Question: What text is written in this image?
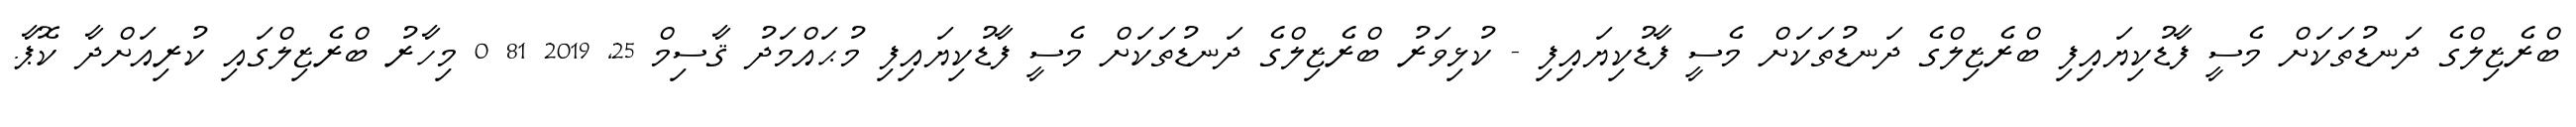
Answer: ބްރެޒިލްގެ ދަނޑުތަކަށް މެސީ ފާޑުކިޔައިފި ބްރެޒިލްގެ ދަނޑުތަކަށް މެސީ ފާޑުކިޔައިފި - ކުޅިވަރު ބްރެޒިލްގެ ދަނޑުތަކަށް މެސީ ފާޑުކިޔައިފި މުޙައްމަދު ޤާސިމް 25, 2019 81 0 މިހާރު ބްރެޒިލްގައި ކުރިއަށްދާ ކޮޕާ.